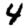
Digit: 4